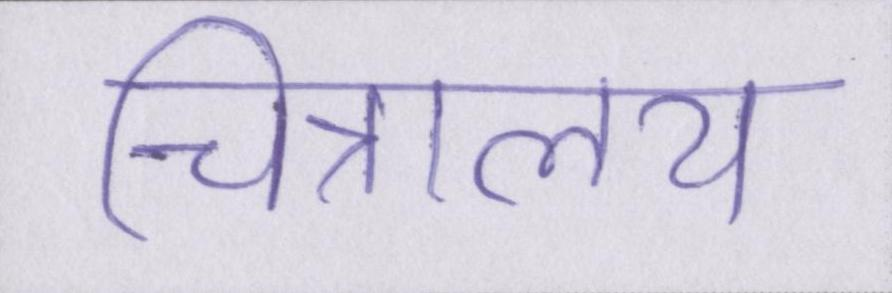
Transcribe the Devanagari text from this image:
चित्रालय